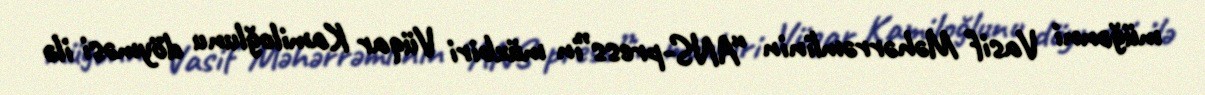
müğənni Vasif Məhərrəmlinin “ANS-press”in müxbiri Vüqar Kamiloğlunu döyməsi ilə